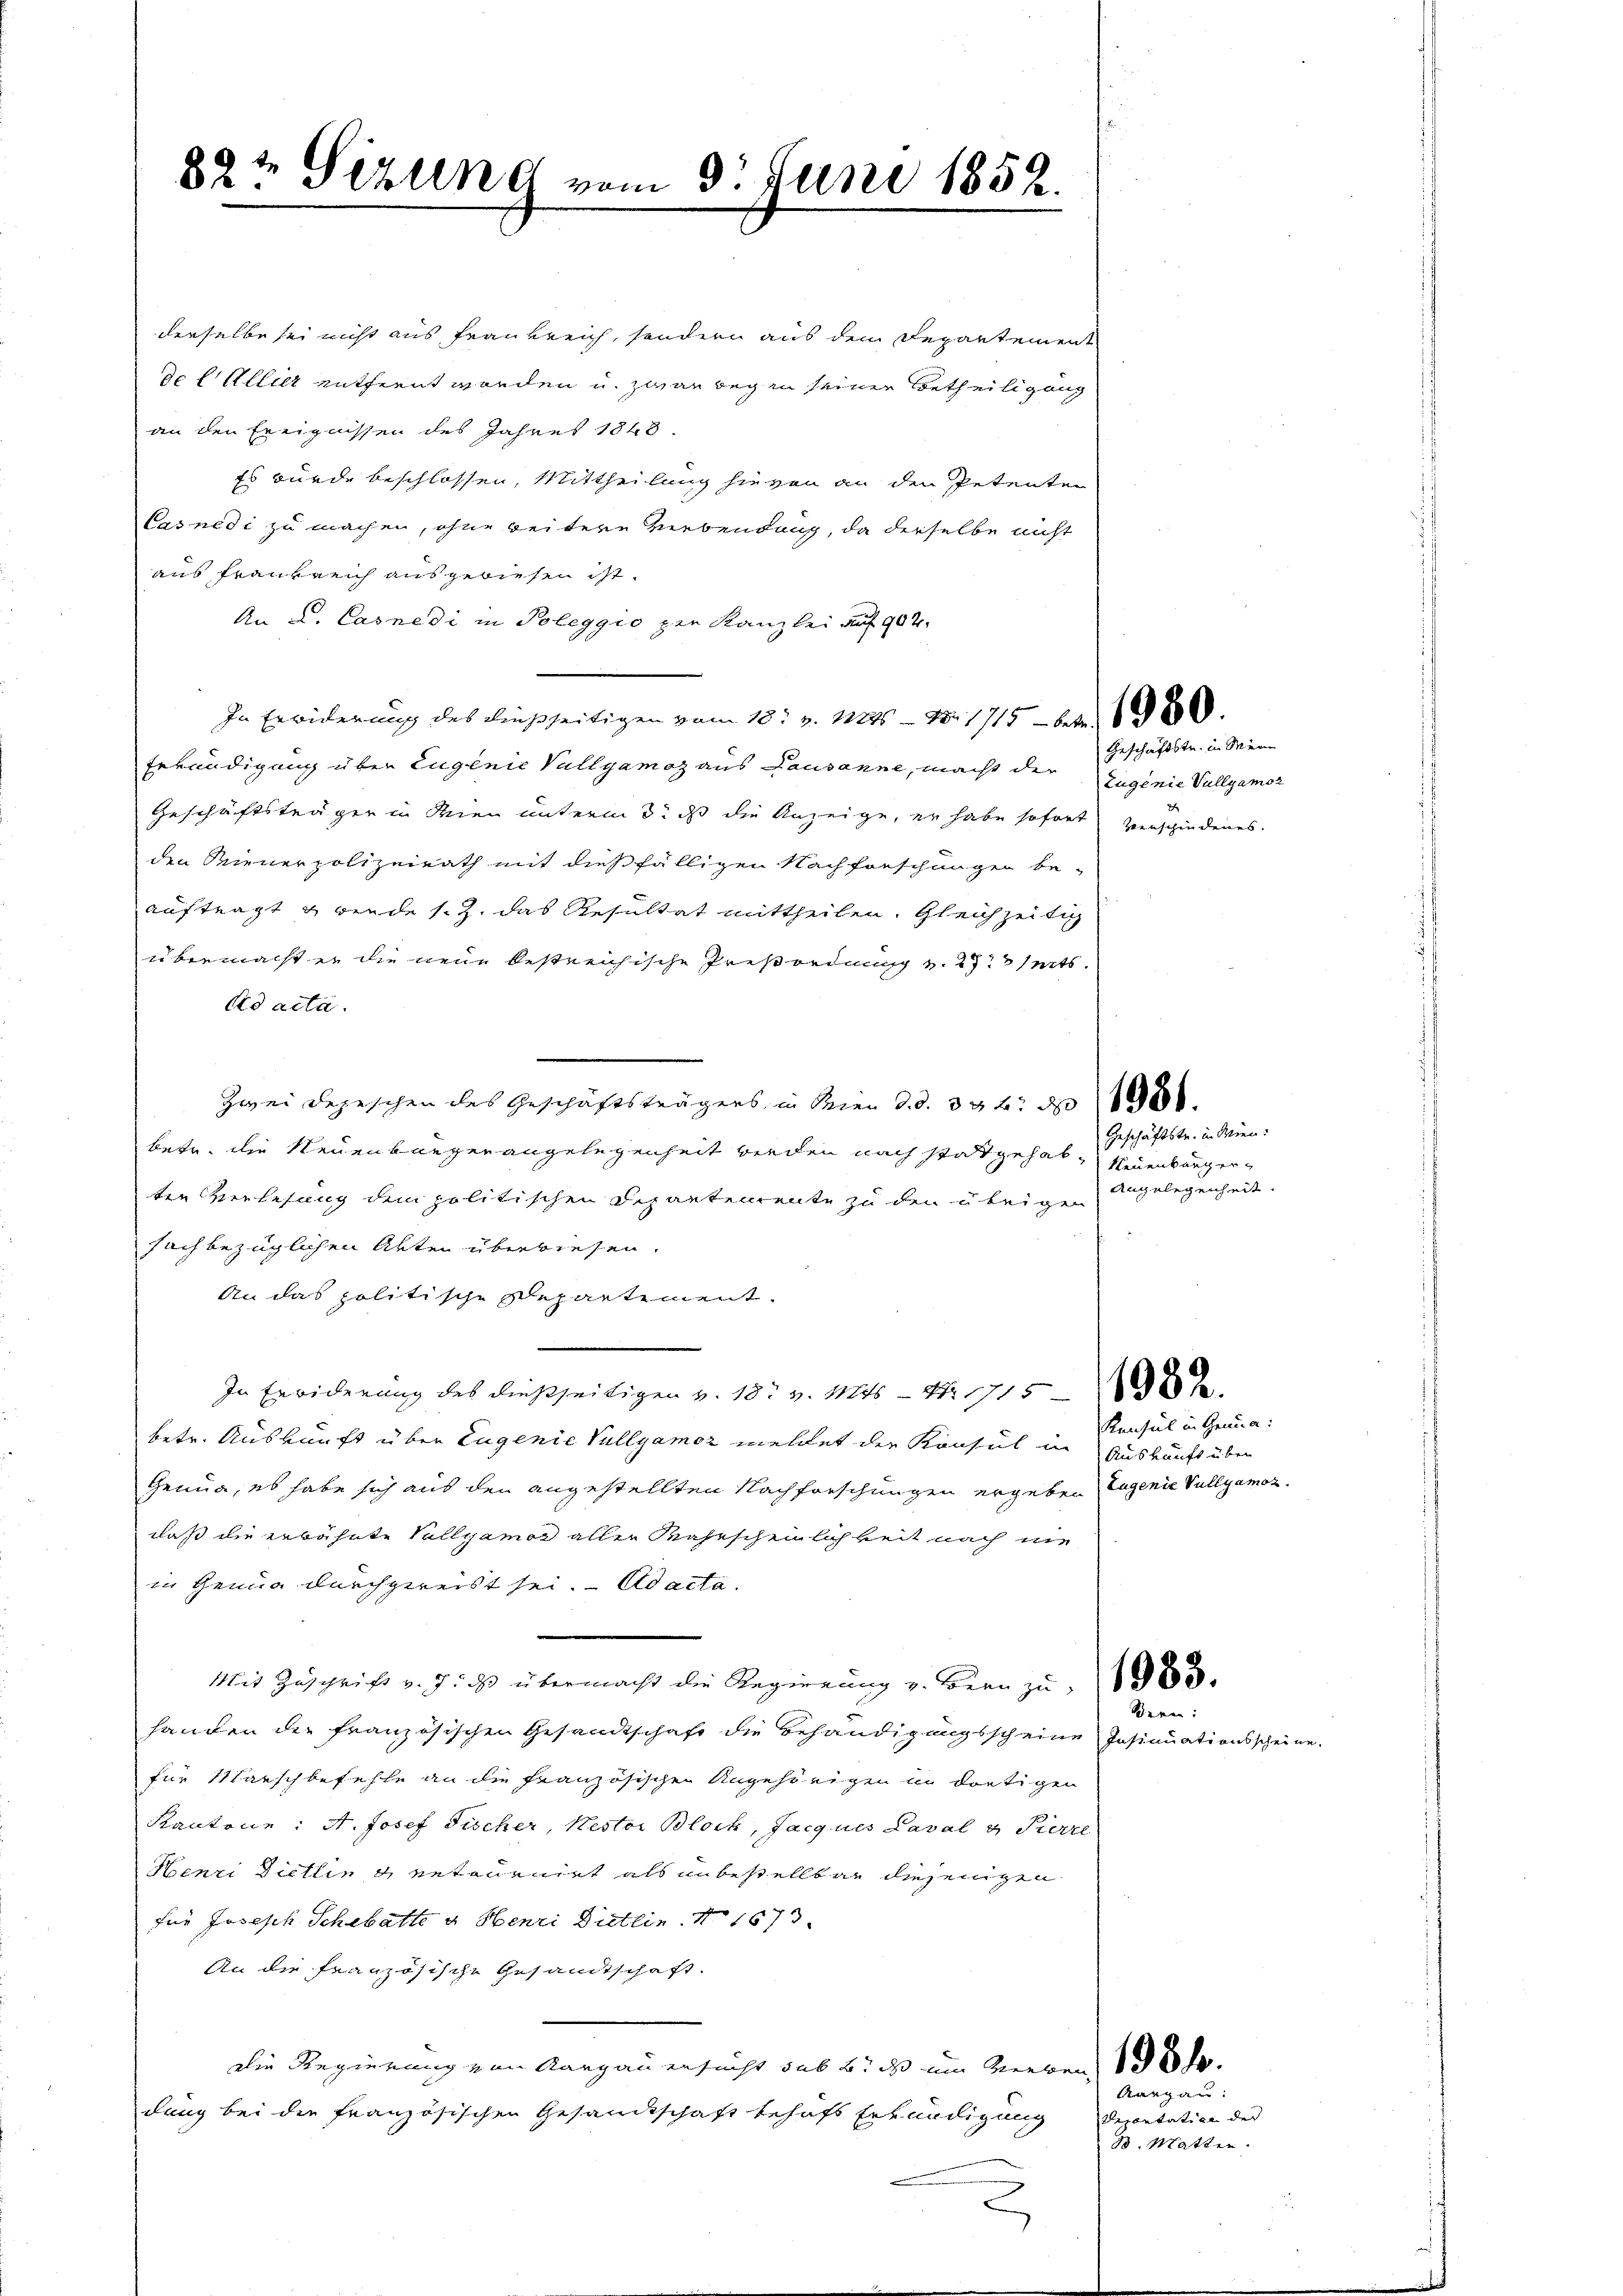
82t Sizung vom 3. Juni 1852.

derselbe sei nicht aus Frankreich, sondern aus dem Departement
de Cillier entfernt worden u. zwar begin seiner Betheiligung
an den Ereignissen des Jahres 1848
Es wurde beschlossen, Mittheilung hievon an den Petenten
Casnedi zu machen, ohne weitere Liebendang, da derselbe nicht
aus Frankreich ausgewiesen ist.
An L. Casnedi in Poleggio zur Kanzlei auf 902.
In Erwiderung des dießseitigen vom 18t v. 1815 - No. 1715 - 2) 1980.
Erkundigung über Eugenie Vullyamoz aus Pausanne, macht der Zugenie Vullgamor
Geschäftsträger in Wien unterm 3. ds die Anzeige, er habe sofort verschiedenes.
den Mienerpolizeirath mit dießfälligen Nachforschungen be-
auftragt & wende s. Z. das Resultat mittheilen. Gleichzeitig
übermacht er die neue bestreichische Preßordnung v. 272 seits.
Ad acta.
.
Zwei Depeschen des Geschäftsträgers, in Seien d. d. 336. ds
betr. die Neuenburgerangelegenheit werden nach stattgehab-Neuenburgerten Verlesung dem politischen Departemente zu den übrigen Angelegenheit.
sachbezüglichen Akten überwiesen.
An das politische Departement.
.
In Erwiderung des dießseitigen v. 18. v. Mts. — N. 115
betr. Auskunft über Eugenie Vullyamor meldet der Konsul in Auskunft über
Genua, es habe sich aus den angestellten Nachforschungen ergeben Jugenie Vullyamozdaß die erwähnte Vullyamor aller Wahrscheinlichkeit nach nie
in Genua durchgereist sei. Ad acta.
Mit Zuschrift v. J. das übermacht die Regierung v. Bern zu. (1983.
handen der französischen Gesandtschaft die Behändigungsscheine
für Marschbefehle an die Französischen Angehörigen in dortigen
Kantone: A. Josef Fischer Nestor Bloch, Jacques Laval & Pierre
Henri Dietling Retournirt als unbestellbar diejenigen
für Joseph Schabatte u. Henri Dietlin. N 1673.
An die französische Gesandtschaft.
die Regierung von Aargau ersucht sub 6. ds um Werben, 1831.
dung bei die französischen Gesandtschaft behufs Erkundigung
2

Geschäftstr. in Mein

Geschäftstr. in Wien.

Kensel in Genua:

Bern:

Insinuationsscheine

Derentation der
3. Matter.

Aargau.